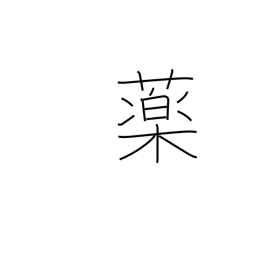
Meaning: enamel